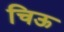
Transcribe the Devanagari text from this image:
चिऊ